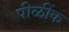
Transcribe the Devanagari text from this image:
पीळींक